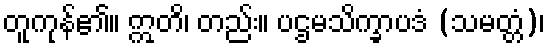
တူကုန်၏။ ဣတိ၊ တည်း။ ပဌမသိက္ခာပဒံ (သမတ္တံ)၊